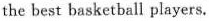
the best basketball players.